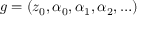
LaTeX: g = ( z _ { 0 } , \alpha _ { 0 } , \alpha _ { 1 } , \alpha _ { 2 } , \ldots )